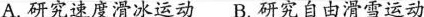
A.研究速度滑冰运动B.研究自由滑雪运动